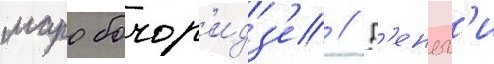
маро бочор'идз'е // Д'еньг'и